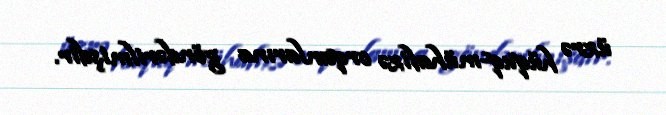
üzrə hüquq-mühafizə orqanlarına göndərilmişdir.